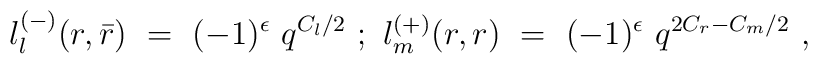
\l_l^{(-)}(r,\bar r)~=~(-1)^{\epsilon}~q^{C_l/2}~;~\l_m^{(+)}(r,r)~=~(-1)^{\epsilon}~q^{2C_r - C_m/2}~,